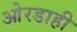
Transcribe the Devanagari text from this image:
ओरडाही